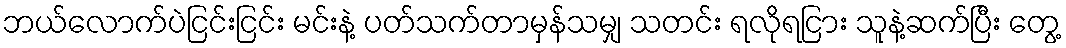
ဘယ်လောက်ပဲငြင်းငြင်း မင်းနဲ့ ပတ်သက်တာမှန်သမျှ သတင်း ရလိုရငြား သူနဲ့ဆက်ပြီး တွေ့